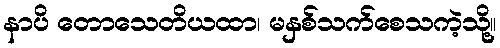
နာပိ တောသေတိယထာ၊ မနှစ်သက်စေသကဲ့သို့။